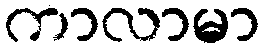
ကာလာမာ